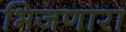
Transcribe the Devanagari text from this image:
भिजणारा